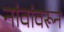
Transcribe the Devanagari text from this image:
नांवांवरून